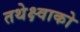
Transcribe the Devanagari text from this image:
तथेक्ष्वाको